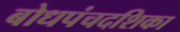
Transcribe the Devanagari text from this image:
बोधपंचदशिका